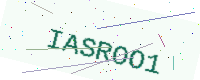
Text: IASROO1